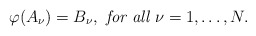
\begin{align*}\varphi(A_\nu) =B_\nu,\mbox{ \it for all }\nu=1,\ldots,N.\end{align*}